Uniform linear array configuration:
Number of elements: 12
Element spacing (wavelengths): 0.25
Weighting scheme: cosine
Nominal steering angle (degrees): -60
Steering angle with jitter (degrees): -58.972
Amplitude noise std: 0.05
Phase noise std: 0.05

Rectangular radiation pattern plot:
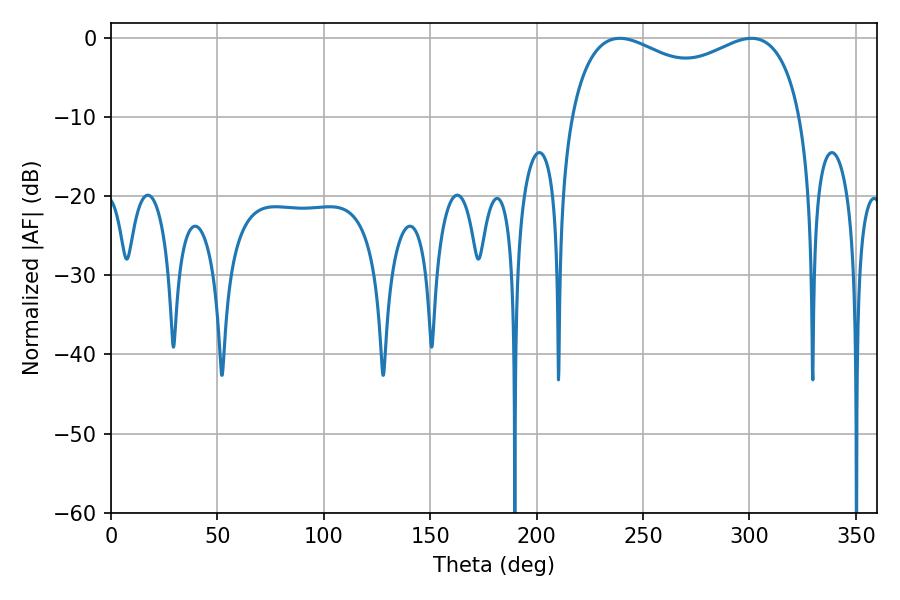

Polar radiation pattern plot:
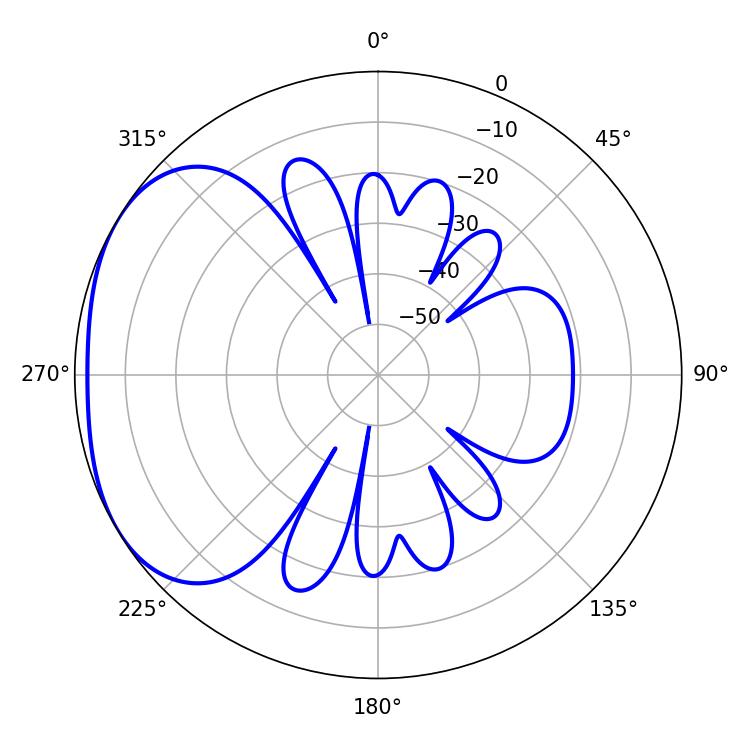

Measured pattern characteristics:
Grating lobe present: FALSE
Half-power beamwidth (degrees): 90.36
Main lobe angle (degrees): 239.04